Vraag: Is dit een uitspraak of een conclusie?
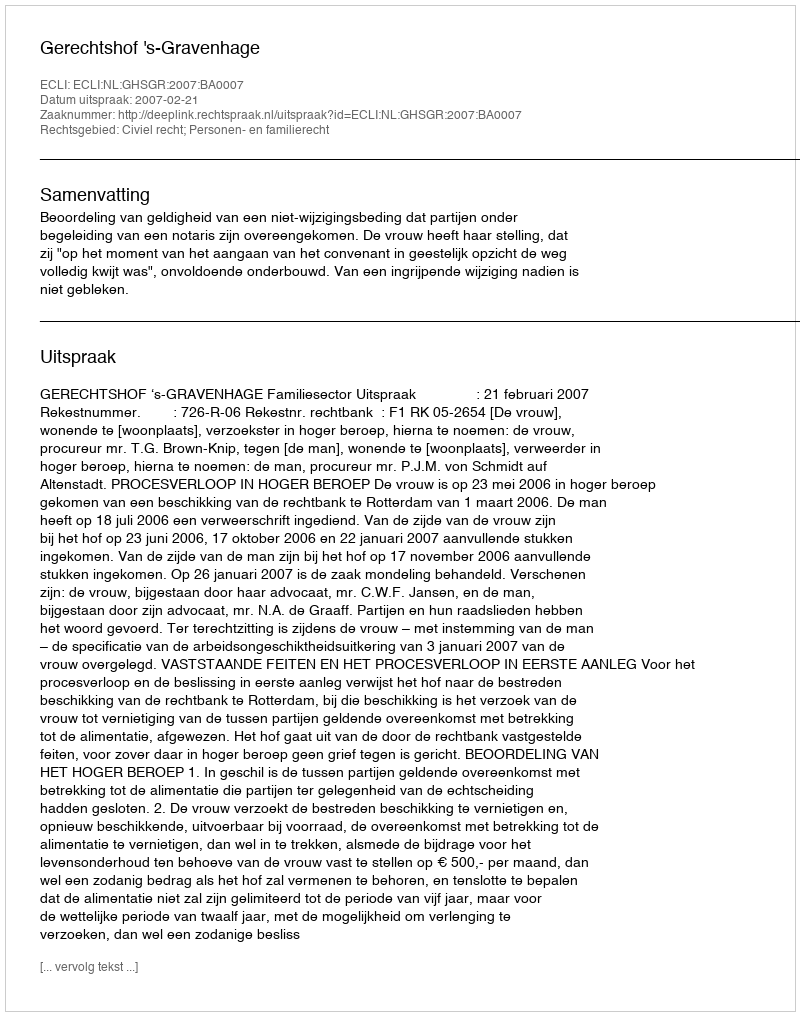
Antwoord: Uitspraak